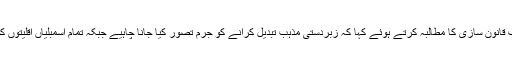
انہوں نے زبردستی مذہب تبدیل کرانے کے خلاف قانون سازی کا مطالبہ کرتے ہوئے کہا کہ زبردستی مذہب تبدیل کرانے کو جرم تصور کیا جانا چاہیے جبکہ تمام اسمبلیاں اقلیتوں کو برابری کے حقوق دینے کے لیے قوانین بنائیں۔